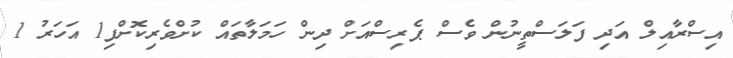
އިސްރާއިލް އަދި ފަލަސްތީނުން ވެސް ޕެރިސްއަށް ދިން ހަމަލާތައް ކުށްވެރިކޮށްފި1 އަހަރު 1